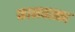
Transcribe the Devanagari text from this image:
कामचात्का